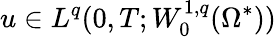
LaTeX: u\in L^{q}(0,T;W_{0}^{1,q}(\Omega^{*}))